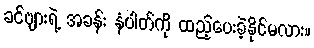
ခင်ဗျားရဲ့ အခန်း နံပါတ်ကို ထည့်ပေးခဲ့နိုင်မလား။